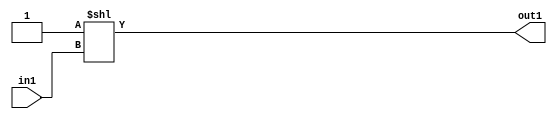
`timescale 1ps / 1ps
/*****************************************************************************
    Verilog RTL Description
    
    
    Created by: Stratus DpOpt 2019.1.01 
*******************************************************************************/

module ColorTransform_DECODE_2U_1_4 (
	in1,
	out1
	); /* architecture "behavioural" */ 
input  in1;
output [1:0] out1;
wire [1:0] asc001;

assign asc001 = 2'B01 << in1;

assign out1 = asc001;
endmodule

/* CADENCE  urj3Twk= : u9/ySgnWtBlWxVPRXgAZ4Og= ** DO NOT EDIT THIS LINE ******/